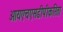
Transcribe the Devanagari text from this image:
आयएचएसडीपीकरिता